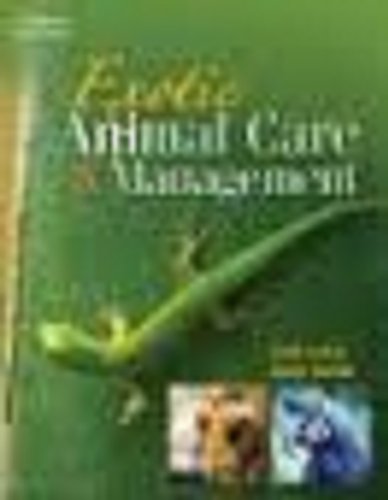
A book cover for Student Workbook for Judah/Nuttall's Exotic Animal Care and Management; Vicki Judah; Medical Books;